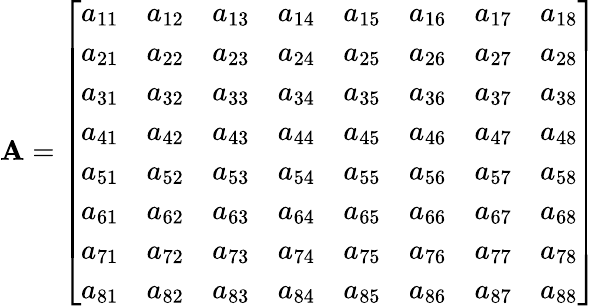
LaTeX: \mathbf{A}=\left[\begin{array}{llllllll}{a_{11}}&{a_{12}}&{a_{13}}&{a_{14}}&{a_{15}}&{a_{16}}&{a_{17}}&{a_{18}}\\ {a_{21}}&{a_{22}}&{a_{23}}&{a_{24}}&{a_{25}}&{a_{26}}&{a_{27}}&{a_{28}}\\ {a_{31}}&{a_{32}}&{a_{33}}&{a_{34}}&{a_{35}}&{a_{36}}&{a_{37}}&{a_{38}}\\ {a_{41}}&{a_{42}}&{a_{43}}&{a_{44}}&{a_{45}}&{a_{46}}&{a_{47}}&{a_{48}}\\ {a_{51}}&{a_{52}}&{a_{53}}&{a_{54}}&{a_{55}}&{a_{56}}&{a_{57}}&{a_{58}}\\ {a_{61}}&{a_{62}}&{a_{63}}&{a_{64}}&{a_{65}}&{a_{66}}&{a_{67}}&{a_{68}}\\ {a_{71}}&{a_{72}}&{a_{73}}&{a_{74}}&{a_{75}}&{a_{76}}&{a_{77}}&{a_{78}}\\ {a_{81}}&{a_{82}}&{a_{83}}&{a_{84}}&{a_{85}}&{a_{86}}&{a_{87}}&{a_{88}}\end{array}\right]